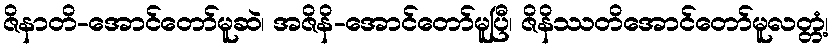
ဇိနာတိ-အောင်တော်မူဆဲ၊ အဇိနိ-အောင်တော်မူပြီ၊ ဇိနိဿတိအောင်တော်မူလတ္တံ့၊